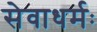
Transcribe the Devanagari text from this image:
सेवाधर्मः